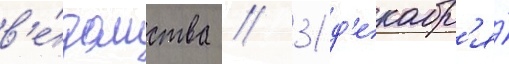
в'е́домства // 31 д'екабр'я́